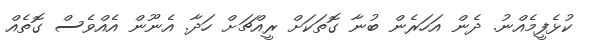
ކުޅެފީމެއްނު. ދެން އަހަރެން ބުނާ ގޮތަކަށް ރީއްޗަށް ހަދާ. އެނޫން އެއްވެސް ގޮތެއް